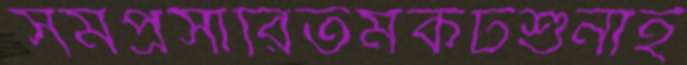
সমপ্রসারিতমকটশুনাই